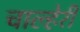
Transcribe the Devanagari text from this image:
चाल्हेरी